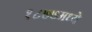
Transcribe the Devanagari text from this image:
१८७७मध्ये